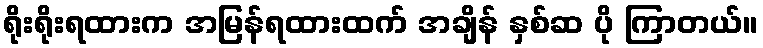
ရိုးရိုးရထားက အမြန်ရထားထက် အချိန် နှစ်ဆ ပို ကြာတယ်။